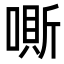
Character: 𠼹